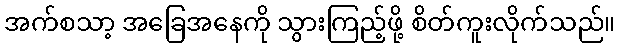
အက်စသာ့ အခြေအနေကို သွားကြည့်ဖို့ စိတ်ကူးလိုက်သည်။